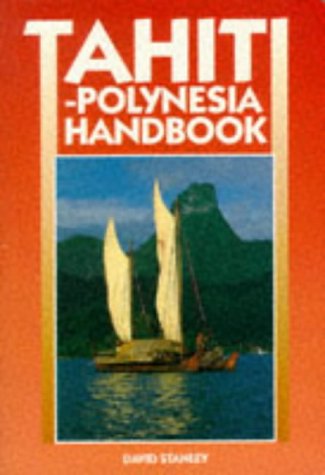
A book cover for Tahiti-Polynesia Handbook (3rd ed); David Stanley; Travel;